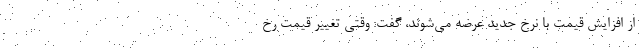
از افزايش قيمت با نرخ جديد عرضه مي‌شوند، گفت: وقتي تغيير قيمت رخ